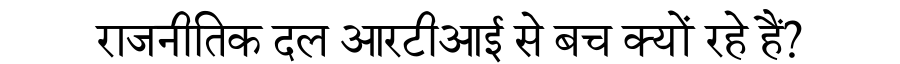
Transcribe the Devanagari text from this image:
राजनीतिक दल आरटीआई से बच क्यों रहे हैं?